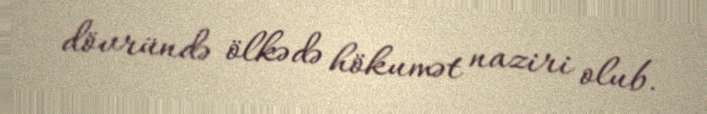
dövründə ölkədə hökumət naziri olub.